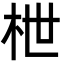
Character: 枻